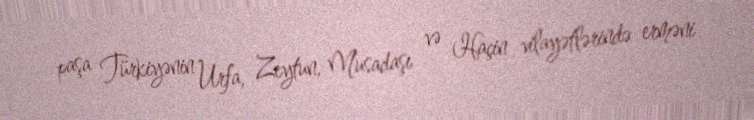
paşa Türkiyənin Urfa, Zeytun, Musadaşı və Haçin vilayətlərində erməni